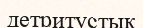
детритустық